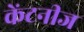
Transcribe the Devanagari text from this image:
केंटनीज